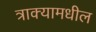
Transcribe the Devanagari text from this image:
त्राक्यामधील